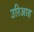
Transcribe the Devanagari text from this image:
उरिआह